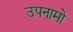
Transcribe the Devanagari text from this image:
उपनामो